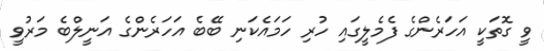
ވީ ގޮތަކީ އަހަރެންގެ ފެމެލީގައި ހުރި ހަމައެކަނި ބޭބެ އަހަރެންގެ އަނީލްބެ މަރުވީ